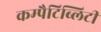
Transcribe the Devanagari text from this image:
कम्पैटिब्लिटी